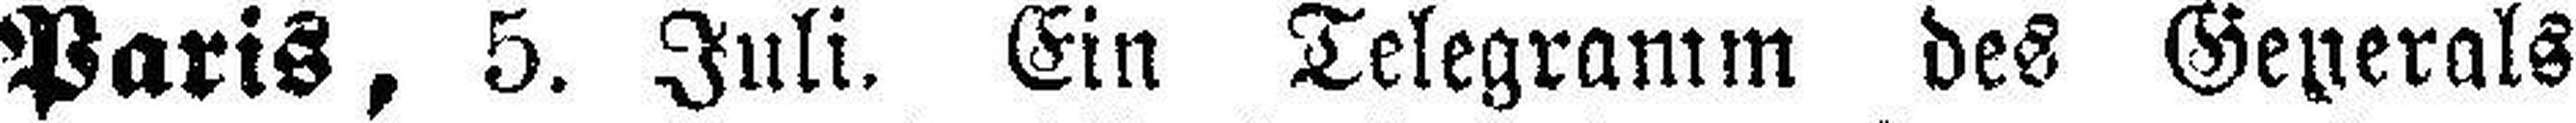
Paris, 5. Juli. Ein Telegramm des Geperals